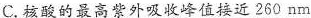
C.核酸的最高紫外吸收峰值接近260nm